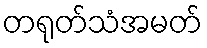
တရုတ်သံအမတ်